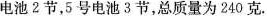
电池2节，5号电池3节，总质量为240克。